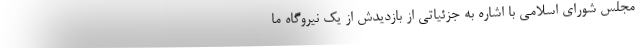
مجلس شورای اسلامی با اشاره به جزئیاتی از بازدیدش از یک نیروگاه ما